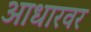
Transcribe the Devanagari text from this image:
आधारवर